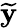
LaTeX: \mathbf{\widetilde{y}}